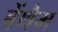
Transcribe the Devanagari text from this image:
बेंथैम